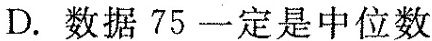
D.数据75一定是中位数人数